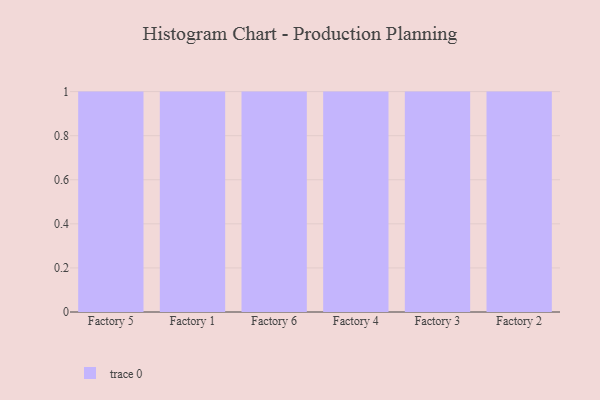
{"axis": {"x": "Factory", "y": "Satisfaction Score"}, "legend": [""], "data": [{"x": "Factory 5", "y": 86, "type": ""}, {"x": "Factory 1", "y": 22, "type": ""}, {"x": "Factory 6", "y": 95, "type": ""}, {"x": "Factory 4", "y": 30, "type": ""}, {"x": "Factory 3", "y": 97, "type": ""}, {"x": "Factory 2", "y": 99, "type": ""}]}